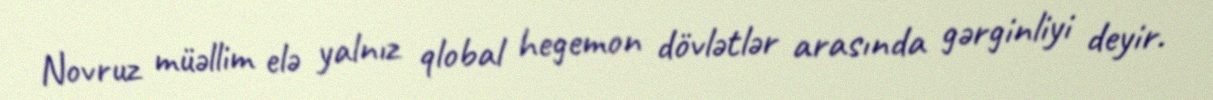
Novruz müəllim elə yalnız qlobal hegemon dövlətlər arasında gərginliyi deyir.